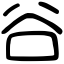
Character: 谷